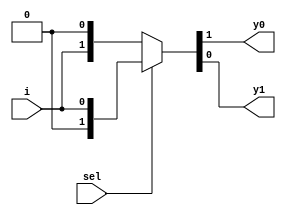
// This program was cloned from: https://github.com/Suni123456789/100DaysRTL
// License: Apache License 2.0

`timescale 1ns / 1ps

module demux_1_2(
    input sel,
    input i,
    output y0, y1
    );    
    assign {y0,y1} = sel?{1'b0,i}: {i,1'b0};
endmodule

module demux_or_gate(
    input a, b,
    output or_g
    );
        wire w0, w1, w2;
        
    demux_1_2 gate(b, ~a, w0, w1);
    demux_1_2 not_t(w0, 1'b1, or_g, w2);
endmodule